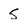
Character: 5